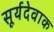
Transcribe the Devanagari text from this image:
सूर्यदेवाक